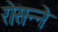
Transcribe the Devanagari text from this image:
रोसन्ने